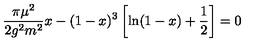
\frac { \pi \mu ^ { 2 } } { 2 g ^ { 2 } m ^ { 2 } } x - ( 1 - x ) ^ { 3 } \left[ \ln ( 1 - x ) + \frac { 1 } { 2 } \right] = 0